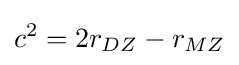
c^{2}=2r_{DZ}-r_{MZ}